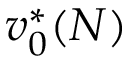
v _ { 0 } ^ { * } ( N )